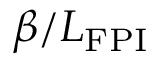
\beta / L _ { \mathrm { F P I } }